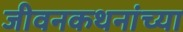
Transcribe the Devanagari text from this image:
जीवनकथनांच्या